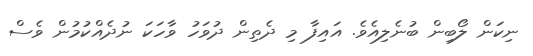
ނިކަން ލޯބިން ބުނެލިއެވެ. އައިފާ މި ދެތިން ދުވަހު ވާހަކަ ނުދެއްކުމުން ވެސް